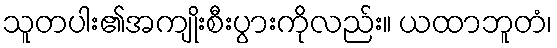
သူတပါး၏အကျိုးစီးပွားကိုလည်း။ ယထာဘူတံ၊